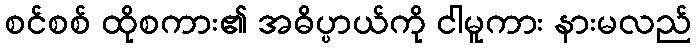
စင်စစ် ထိုစကား၏ အဓိပ္ပာယ်ကို ငါမူကား နားမလည်